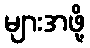
များအဖို့